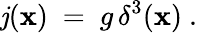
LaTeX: {\mathit{j}({\mathbf{x}})\ =\ g\, \delta^{3}({\mathbf{x}})\ .}